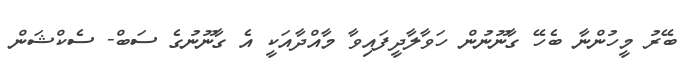
ބޭރު މީހުންނާ ބެހޭ ގާނޫނުން ހަވާލާދީފައިވާ މާއްދާއަކީ އެ ގާނޫނުގެ ސަބް- ސެކްޝަން